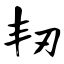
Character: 韧